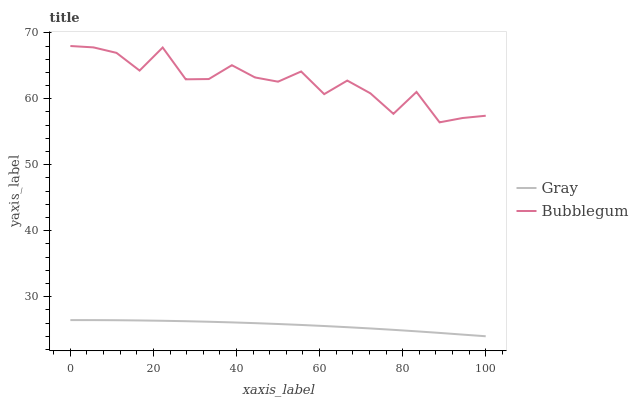
| xaxis_label | Gray | Bubblegum |
 | --- | --- | --- |
 | 0 | 26.4 | 68 |
 | 5.56 | 26.4 | 67.8 |
 | 11.1 | 26.4 | 67 |
 | 16.7 | 26.4 | 64.3 |
 | 22.2 | 26.3 | 67.8 |
 | 27.8 | 26.3 | 63 |
 | 33.3 | 26.2 | 63 |
 | 38.9 | 26.1 | 65.1 |
 | 44.4 | 26 | 63.2 |
 | 50 | 25.9 | 62.6 |
 | 55.6 | 25.7 | 64.1 |
 | 61.1 | 25.6 | 60.7 |
 | 66.7 | 25.4 | 62.8 |
 | 72.2 | 25.2 | 60.8 |
 | 77.8 | 25 | 57.7 |
 | 83.3 | 24.7 | 61 |
 | 88.9 | 24.5 | 56.4 |
 | 94.4 | 24.2 | 57.1 |
 | 100 | 24 | 57.4 |